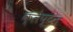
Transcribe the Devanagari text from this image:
क्लेप्टन